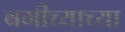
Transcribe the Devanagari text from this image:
बगीच्याच्या